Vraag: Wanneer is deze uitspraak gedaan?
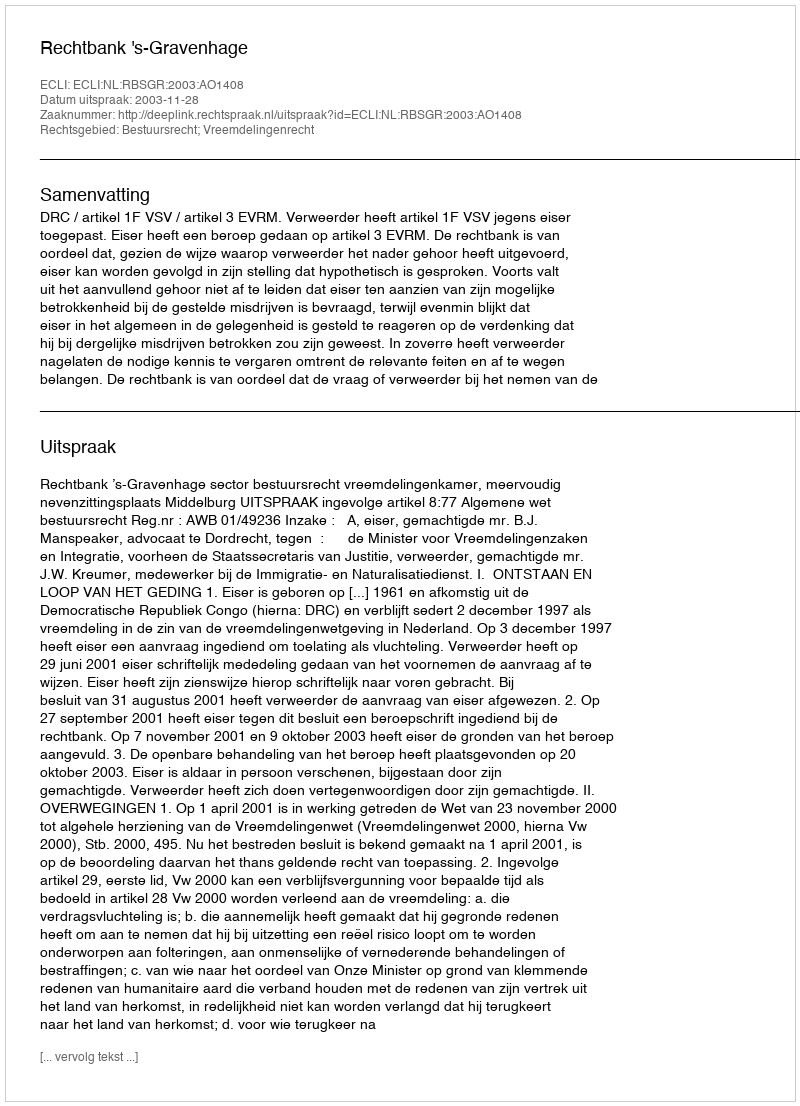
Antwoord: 2003-11-28